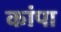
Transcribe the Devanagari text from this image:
कांपा